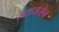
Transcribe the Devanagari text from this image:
मतासरीन